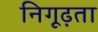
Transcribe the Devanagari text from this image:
निगूढ़ता